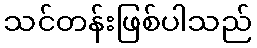
သင်တန်းဖြစ်ပါသည်